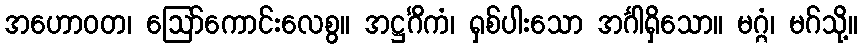
အဟောဝတ၊ ဩော်ကောင်းလေစွ။ အဋ္ဌင်္ဂိကံ၊ ရှစ်ပါးသော အင်္ဂါရှိသော။ မဂ္ဂံ၊ မဂ်သို့။